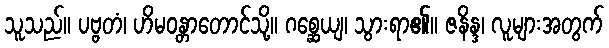
သူသည်။ ပဗ္ဗတံ၊ ဟိမဝန္တာတောင်သို့။ ဂစ္ဆေယျ၊ သွားရာ၏။ ဇနိန္ဒ၊ လူများအတွက်